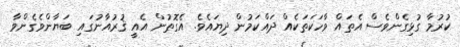
ކުރުމާ ގުޅިގެންވެސް އެތައް ވާހަކަތަކެއް ދައްކަމުން ދިޔައެވެ. އެގޮތުން އެއީ ޤުރުއާނުގައި ބަޔާންވެގެންވާ